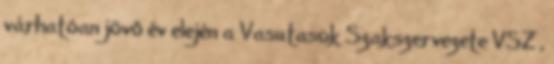
várhatóan jövő év elején a Vasutasok Szakszervezete VSZ ,